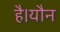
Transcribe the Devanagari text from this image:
है।यौन